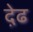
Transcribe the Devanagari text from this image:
द़ेढ